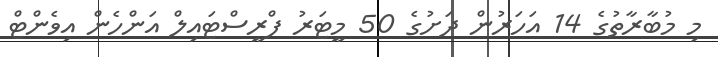
މި މުބާރާތުގެ 14 އަހަރުން ދަށުގެ 50 މީޓަރު ފްރީސްޓައިލް އަންހެން އިވެންޓް